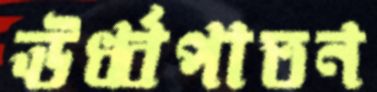
ঊর্ধ্বপাতন